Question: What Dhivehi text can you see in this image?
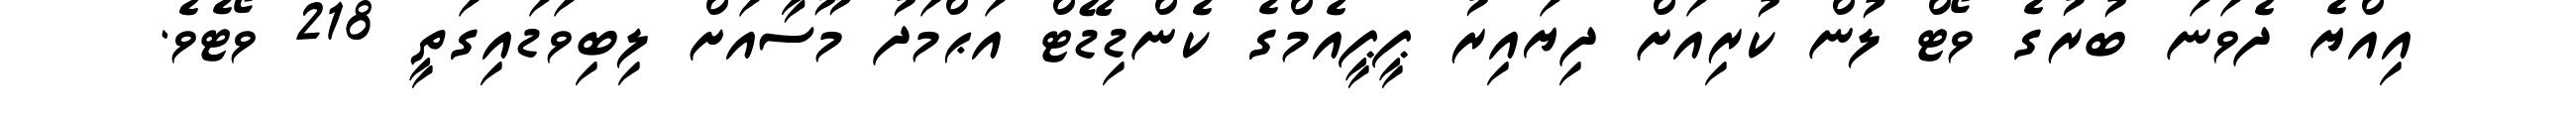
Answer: އިއްޔެ ދެވަނަ ބުރުގެ ވޯޓް ލުން ކުރިއަށް ދިޔައިރު ޕީޕީއެމްގެ ކެންޑިޑޭޓް އަޙްމަދު މޫސާއަށް ލިބިވަޑައިގަތީ 218 ވޯޓެވެ.